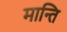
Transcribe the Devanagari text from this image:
मान्ति